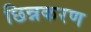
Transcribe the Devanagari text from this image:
छिन्नकरण